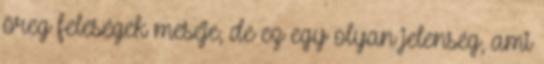
öreg feleségek meséje, de ez egy olyan jelenség, ami